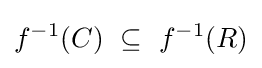
f^{-1}(C)~\subseteq ~f^{-1}(R)